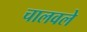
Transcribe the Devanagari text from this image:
चालवले